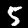
Digit: 5